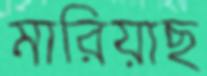
মারিয়াছ